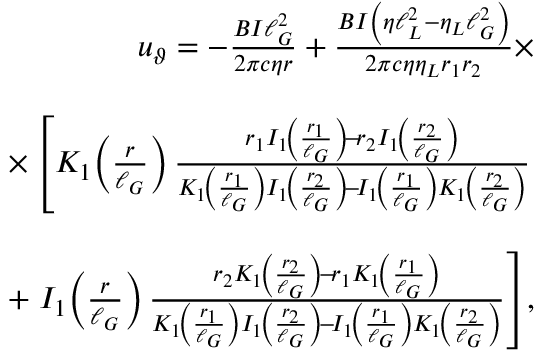
\begin{array} { r l r } & { } & { u _ { \vartheta } = - \frac { B I \ell _ { G } ^ { 2 } } { 2 \pi c \eta r } + \frac { B I \left( \eta \ell _ { L } ^ { 2 } - \eta _ { L } \ell _ { G } ^ { 2 } \right) } { 2 \pi c \eta \eta _ { L } r _ { 1 } r _ { 2 } } \times } \\ & { } & \\ & { } & { \quad \times \left[ K _ { 1 } \! \left( \frac { r } { \ell _ { G } } \right) \frac { r _ { 1 } I _ { 1 } \! \left( \frac { r _ { 1 } } { \ell _ { G } } \right) \! - \! r _ { 2 } I _ { 1 } \! \left( \frac { r _ { 2 } } { \ell _ { G } } \right) } { K _ { 1 } \! \left( \frac { r _ { 1 } } { \ell _ { G } } \right) I _ { 1 } \! \left( \frac { r _ { 2 } } { \ell _ { G } } \right) \! - \! I _ { 1 } \! \left( \frac { r _ { 1 } } { \ell _ { G } } \right) K _ { 1 } \! \left( \frac { r _ { 2 } } { \ell _ { G } } \right) } \right. } \\ & { } & \\ & { } & { \qquad + \left. I _ { 1 } \! \left( \frac { r } { \ell _ { G } } \right) \frac { r _ { 2 } K _ { 1 } \! \left( \frac { r _ { 2 } } { \ell _ { G } } \right) \! - \! r _ { 1 } K _ { 1 } \! \left( \frac { r _ { 1 } } { \ell _ { G } } \right) } { K _ { 1 } \! \left( \frac { r _ { 1 } } { \ell _ { G } } \right) I _ { 1 } \! \left( \frac { r _ { 2 } } { \ell _ { G } } \right) \! - \! I _ { 1 } \! \left( \frac { r _ { 1 } } { \ell _ { G } } \right) K _ { 1 } \! \left( \frac { r _ { 2 } } { \ell _ { G } } \right) } \right] \! , } \end{array}